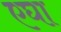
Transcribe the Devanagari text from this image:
एघा